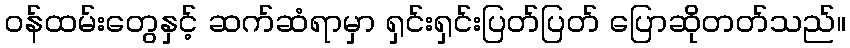
ဝန်ထမ်းတွေနှင့် ဆက်ဆံရာမှာ ရှင်းရှင်းပြတ်ပြတ် ပြောဆိုတတ်သည်။